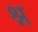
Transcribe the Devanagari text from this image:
श्न